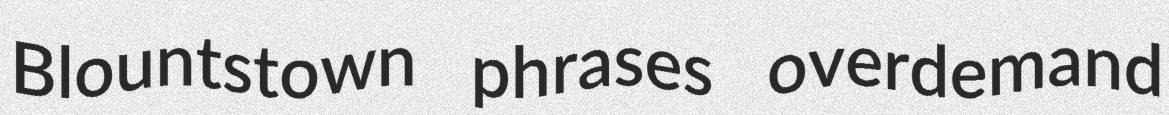
Blountstown phrases overdemand